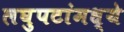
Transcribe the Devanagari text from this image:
लघुपटांमध्ये